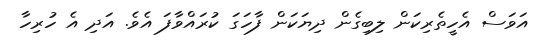
އަވަސް އެހީތެރިކަން ލިބިގެން ދިޔަކަން ފާހަގަ ކުރައްވާފަ އެވެ. އަދި އެ ހުރިހާ